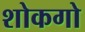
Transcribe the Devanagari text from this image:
शोकगो